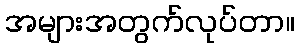
အများအတွက်လုပ်တာ။